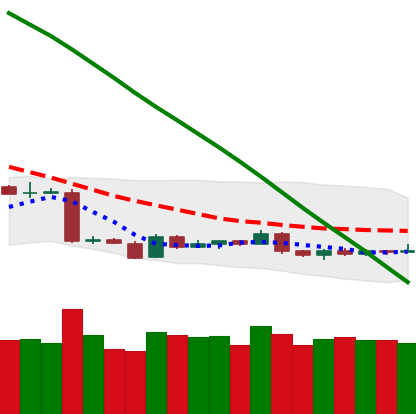
Ticker: BTC-USD
Chart end date: 2019-01-26
Forward return: -4.016%
Label: down_3_5